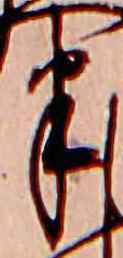
半